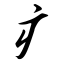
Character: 疒